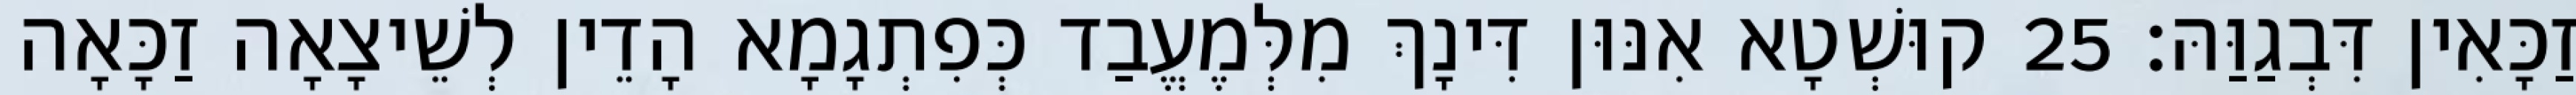
זַכָּאִין דִּבְגַוַּהּ׃ 25 קוּשְׁטָא אִנּוּן דִּינָךְ מִלְּמֶעֱבַד כְּפִתְגָמָא הָדֵין לְשֵׁיצָאָה זַכָּאָה